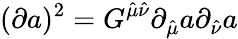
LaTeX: (\partial a)^{2}=G^{\hat{\mu}\hat{\nu}}\partial_{\hat{\mu}}a\partial_{\hat{\nu}}a